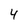
Character: 4